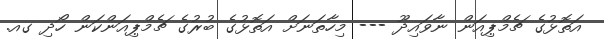
އަތޮޅުގެ ޗެމްޕިއަން ނާވައިދޫ --- މިހާތަނަށް އަތޮޅުގެ ބުރުގެ ޗެމްޕިއަންކަން ހޯދި ގއ.